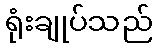
ရုံးချုပ်သည်